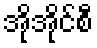
အိုအိုင်စီ